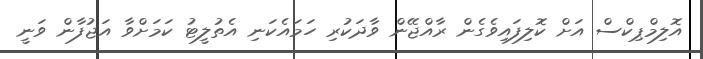
އޮލިމްޕިކްސް އަށް ކޮލިފައިވެގެން ރާއްޖޭން ވާދަކުރި ހަމައެކަނި އެތުލީޓު ކަމަށްވާ އަޖުފާން ވަނީ